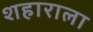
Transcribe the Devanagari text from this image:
शहाराला